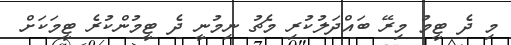
މި ދެ ޓީމު މިރޭ ބައްދަލުކުރި މެޗު ނިމުނީ ދެ ޓީމުންކުރެ ޓީމަކަށް